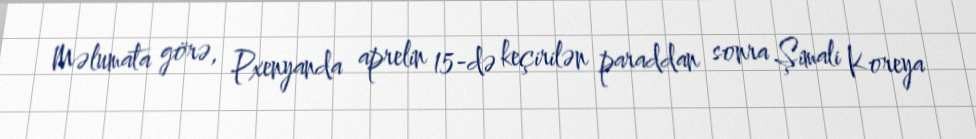
Məlumata görə, Pxenyanda aprelin 15-də keçirilən paraddan sonra Şimali Koreya